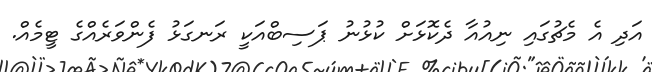
އަދި އެ މެޗުގައި ނިއުއާ ދެކޮޅަށް ކުޅުނު ޕަސިބްއަކީ ރަނގަޅު ފެންވަރެއްގެ ޓީމެއް.